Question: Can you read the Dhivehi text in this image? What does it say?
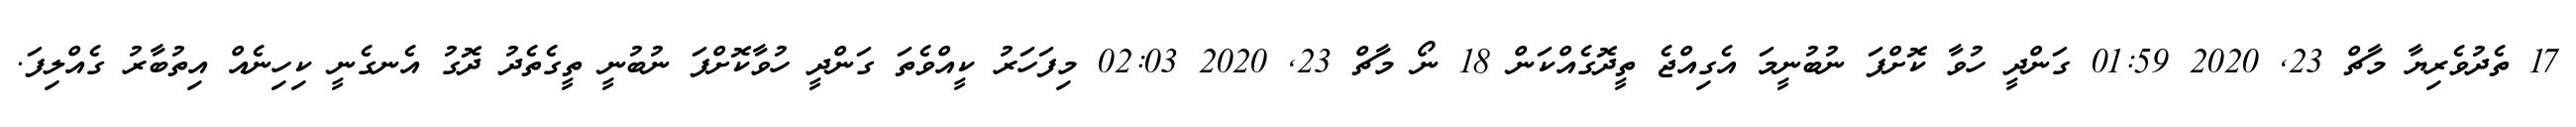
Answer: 17 ތެދުވެރިޔާ މާޗް 23, 2020 01:59 ގަންދީ ހުވާ ކޮށްފަ ނުބުނީމަ އެގިއްޖެ ތީދޮގެއްކަން 18 ނޯ މާޗް 23, 2020 02:03 މިފަހަރު ކީއްވެތަ ގަންދީ ހުވާކޮށްފަ ނުބުނީ ތީގެތެދު ދޮގު އެނގެނީ ކިހިނެއް އިތުބާރު ގެއްލިފަ.